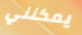
يمكنني